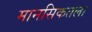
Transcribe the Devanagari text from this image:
मानसिकतला